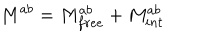
LaTeX: M ^ { a b } = M _ { f r e e } ^ { a b } + M _ { i n t } ^ { a b }